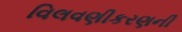
વિલવણીકરણની